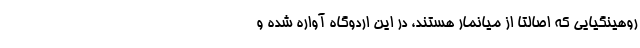
روهینگیایی که اصالتا از میانمار هستند، در این اردوگاه آواره شده و